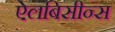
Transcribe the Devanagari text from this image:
ऐलबिसीन्स